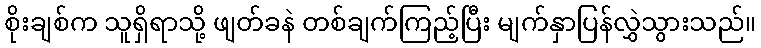
စိုးချစ်က သူရှိရာသို့ ဖျတ်ခနဲ တစ်ချက်ကြည့်ပြီး မျက်နှာပြန်လွှဲသွားသည်။